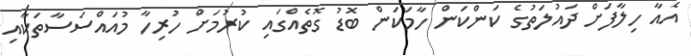
އެއާ ހިލާފަށް ދައުލަތުގެ ކަންކަން ހާމަކަން ބޮޑު ގޮތެއްގައި ކުރުމަށް ހުރިހާ މުއައްސަސާތަކާއި